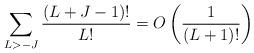
LaTeX: \begin{align*}\sum_{L > -J} \frac{(L+J-1)!}{L!} = O \left( \frac 1{(L+1)!} \right)\end{align*}